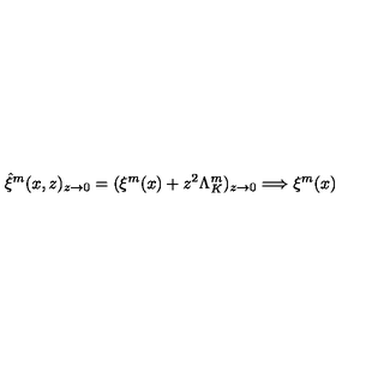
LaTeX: \hat { \xi } ^ { m } ( x , z ) _ { z \rightarrow 0 } = ( \xi ^ { m } ( x ) + z ^ { 2 } \Lambda _ { K } ^ { m } ) _ { z \rightarrow 0 } \Longrightarrow \xi ^ { m } ( x ) \,